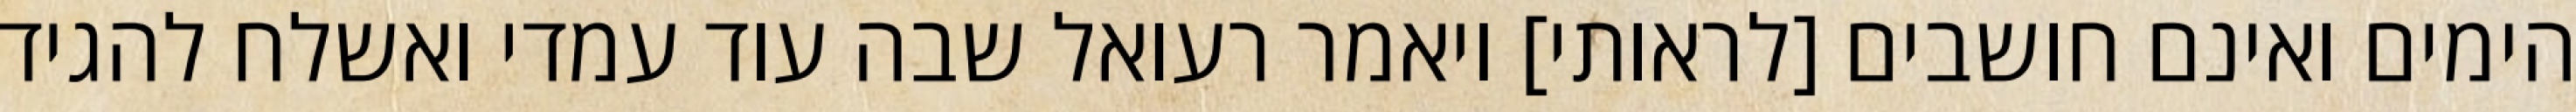
הימים ואינם חושבים [לראותי] ויאמר רעואל שבה עוד עמדי ואשלח להגיד